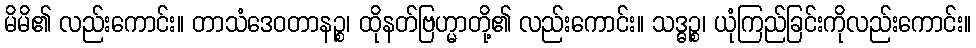
မိမိ၏ လည်းကောင်း။ တာသံဒေဝတာနဉ္စ၊ ထိုနတ်ဗြဟ္မာတို့၏ လည်းကောင်း။ သဒ္ဓဉ္စ၊ ယုံကြည်ခြင်းကိုလည်းကောင်း။